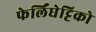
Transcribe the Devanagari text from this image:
फेर्लिंघेट्टिको